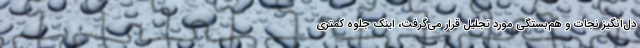
دل‌انگیز نجات و هم‌بستگی مورد تجلیل قرار می‌گرفت، اینک جلوه کمتری